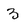
Character: 3